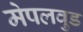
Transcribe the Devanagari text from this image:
मेपलवुड